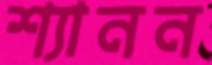
শ্যানন